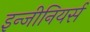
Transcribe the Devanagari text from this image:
इन्जीनियर्स